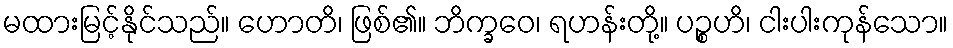
မထားမြင့်နိုင်သည်။ ဟောတိ၊ ဖြစ်၏။ ဘိက္ခဝေ၊ ရဟန်းတို့။ ပဉ္စဟိ၊ ငါးပါးကုန်သော။